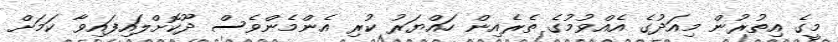
މީގެ އިތުރުން މިއަދުގެ އެއްވުމުގެ ތެރެއިން ހައްޔަރު ކުރި އެންމެންވެސް ދޫކޮށްލައިފައިވާ ކަމަށް